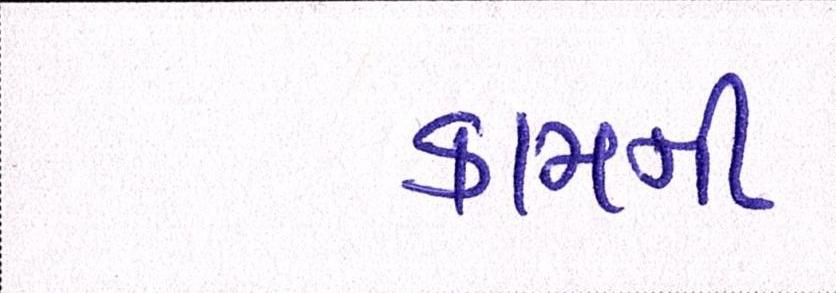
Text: કામની